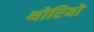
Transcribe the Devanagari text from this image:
थोरियो